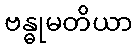
ဗန္ဓုမတိယာ